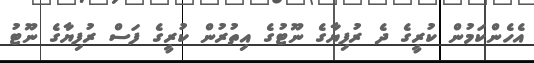
އެހެންކަމުން ކުރީގެ ދެ ރުފިޔާގެ ނޫޓުގެ އިތުރުން ކުރީގެ ފަސް ރުފިޔާގެ ނޫޓު